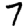
Digit: 7